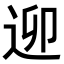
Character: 𨒖